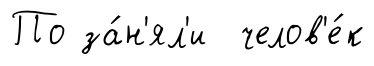
По за́н'ял'и челов'е́к